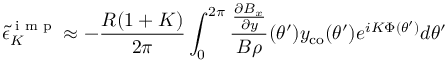
{ \tilde { \epsilon } } _ { K } ^ { \textrm { i m p } } \approx - \frac { R ( 1 + K ) } { 2 \pi } \int _ { 0 } ^ { 2 \pi } \frac { \frac { \partial B _ { x } } { \partial y } } { B \rho } ( \theta ^ { \prime } ) y _ { \mathrm { c o } } ( \theta ^ { \prime } ) e ^ { i K \Phi ( \theta ^ { \prime } ) } d \theta ^ { \prime }